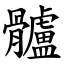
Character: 髗